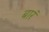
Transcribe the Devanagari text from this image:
बारं